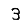
Digit: 3